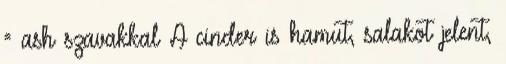
= ash szavakkal A cinder is hamut, salakot jelent,